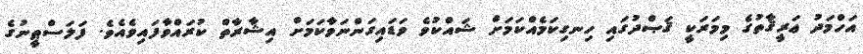
އަހްމަދު ޢަރީޤާތުގެ މިމަރަކީ ޤަޞްދުގައި ހިނގިކަމެއްކަމަށް ޝައްކުވެ ވަޑައިގަންނަވާކަމަށް އިޝާރާތް ކުރައްވާފައިވެއެވެ. ފަލަސްޠީނުގެ